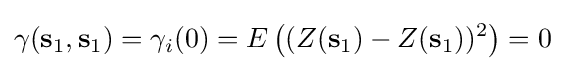
\gamma (\mathbf {s} _{1},\mathbf {s} _{1})=\gamma _{i}(0)=E\left((Z(\mathbf {s} _{1})-Z(\mathbf {s} _{1}))^{2}\right)=0